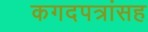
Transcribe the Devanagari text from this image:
कगदपत्रांसह